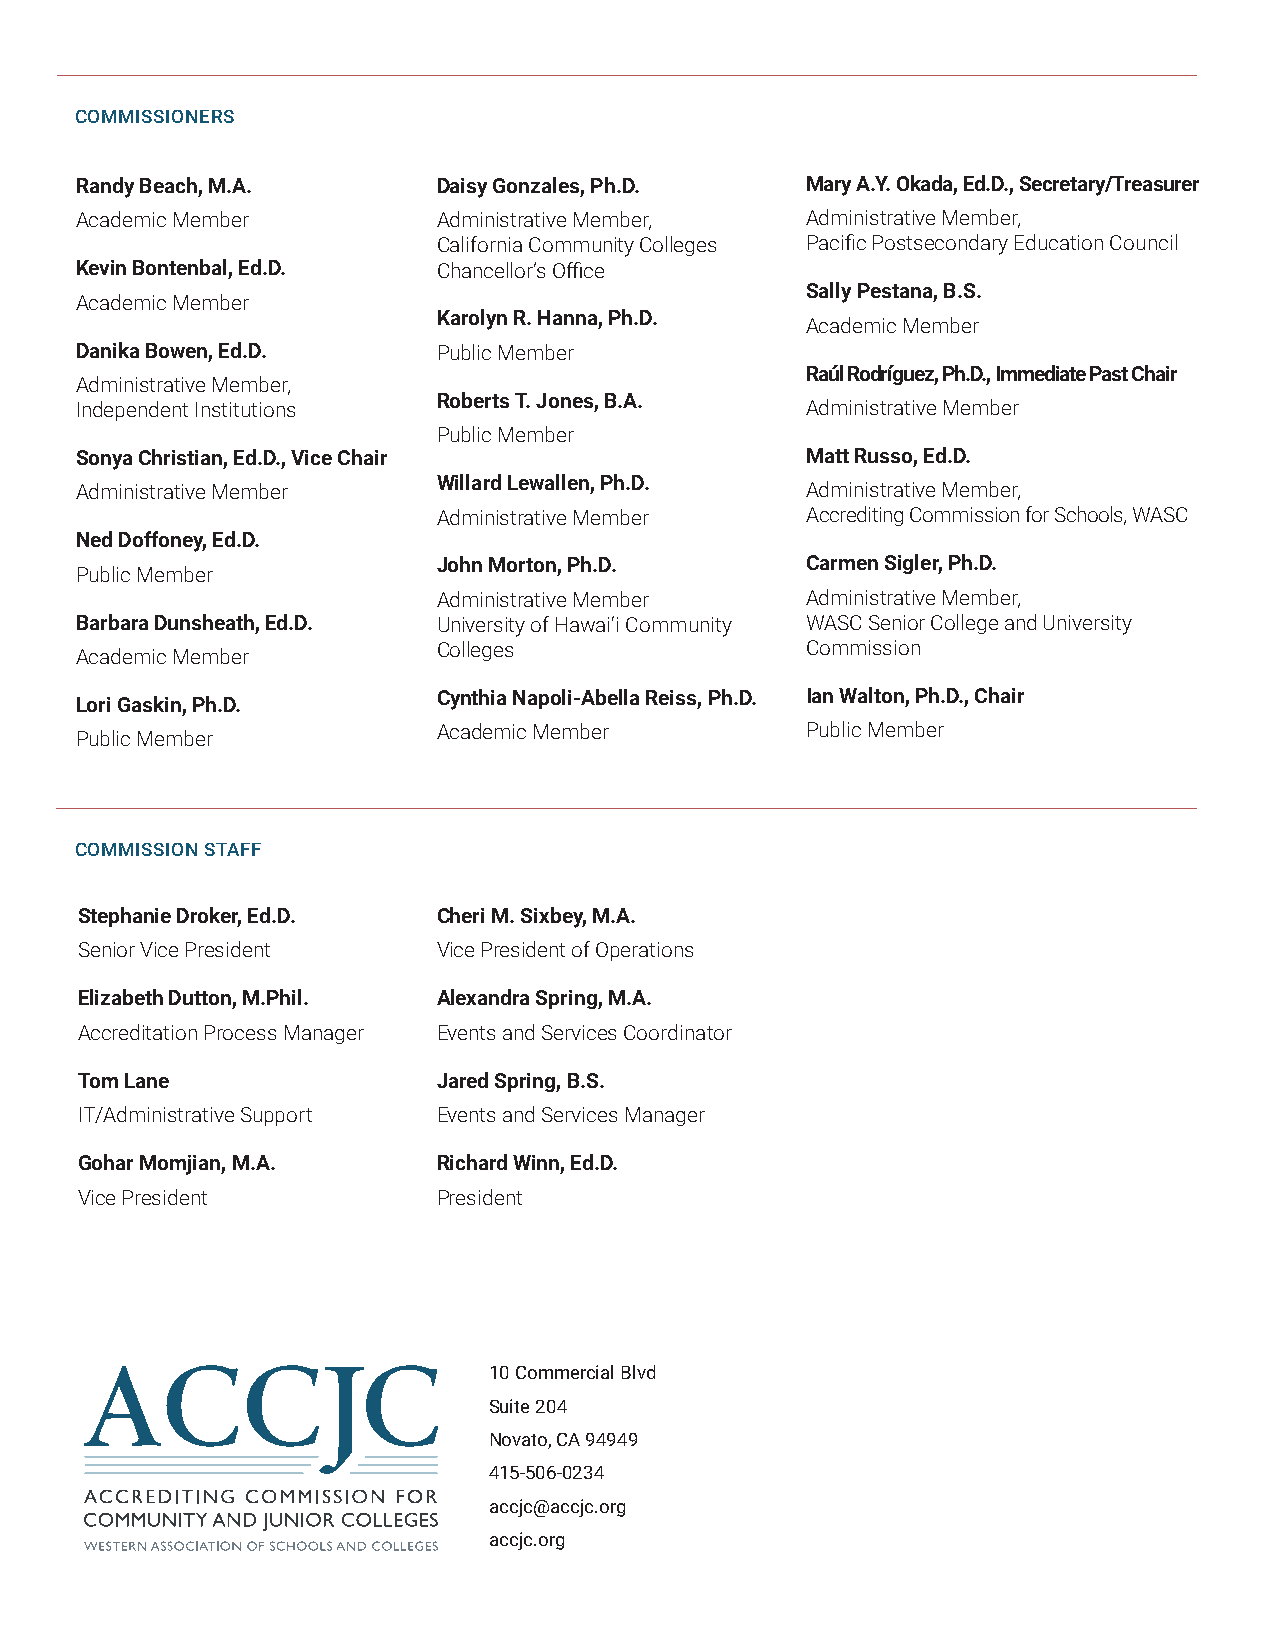
COMMISSIONERS
 Randy Beach, M.A.       Daisy Gonzales, Ph.D.   Mary A.Y. Okada, Ed.D., Secretary/Treasurer
 Academic Member         Administrative Member,  Administrative Member,
 California Community Colleges Pacific Postsecondary Education Council
 Kevin Bontenbal, Ed.D.  Chancellor’s Office
 Sally Pestana, B.S.
 Academic Member
 Karolyn R. Hanna, Ph.D.
 Academic Member
 Danika Bowen, Ed.D.     Public Member
 Raúl Rodríguez, Ph.D., Immediate Past Chair
 Administrative Member,
 Roberts T. Jones, B.A.
 Independent Institutions                        Administrative Member
 Public Member
 Sonya Christian, Ed.D., Vice Chair              Matt Russo, Ed.D.
 Willard Lewallen, Ph.D.
 Administrative Member                           Administrative Member,
 Administrative Member   Accrediting Commission for Schools, WASC
 Ned Doffoney, Ed.D.
 John Morton, Ph.D.      Carmen Sigler, Ph.D.
 Public Member
 Administrative Member   Administrative Member,
 Barbara Dunsheath, Ed.D. University of Hawai‘i Community WASC Senior College and University
 Colleges                Commission
 Academic Member
 Cynthia Napoli-Abella Reiss, Ph.D. Ian Walton, Ph.D., Chair
 Lori Gaskin, Ph.D.
 Academic Member         Public Member
 Public Member
 COMMISSION STAFF
 Stephanie Droker, Ed.D. Cheri M. Sixbey, M.A.
 Senior Vice President   Vice President of Operations
 Elizabeth Dutton, M.Phil. Alexandra Spring, M.A.
 Accreditation Process Manager Events and Services Coordinator
 Tom Lane                Jared Spring, B.S.
 IT/Administrative Support Events and Services Manager
 Gohar Momjian, M.A.     Richard Winn, Ed.D.
 Vice President          President
 10 Commercial Blvd
 Suite 204
 Novato, CA 94949
 415-506-0234
 accjc@accjc.org
 accjc.org